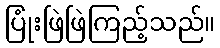
ပြုံးဖြဲဖြဲကြည့်သည်။